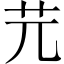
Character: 𦬂